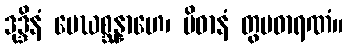
ဒုဒ္ဒိနံ မေဃစ္ဆန္နာဟေ၊ ပိဓာနံ တွပဓာရဏံ။